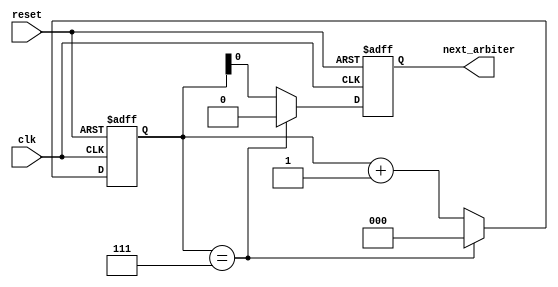
module timing_control (
    input wire clk, // Clock signal for synchronization
    input wire reset, // Reset signal for synchronization
    output reg next_arbiter // Signal to select the next arbiter in round-robin sequence
);

reg [2:0] counter; // Counter to keep track of current arbiter
parameter MAX_ARB = 7; // Maximum number of arbiters in the system

always @(posedge clk or posedge reset) begin
    if (reset) begin
        counter <= 0;
        next_arbiter <= 0;
    end else begin
        if (counter == MAX_ARB) begin
            counter <= 0;
            next_arbiter <= 0;
        end else begin
            counter <= counter + 1;
            next_arbiter <= counter;
        end
    end
end

endmodule